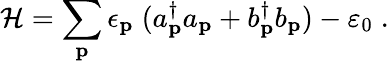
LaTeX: {\cal H}=\sum_{{\mathbf{p}}}\epsilon_{{\mathbf{p}}}\; (a_{{\mathbf{p}}}^{\dagger}a_{{\mathbf{p}}}+b_{{\mathbf{p}}}^{\dagger}b_{{\mathbf{p}}})-\varepsilon_{0}\; .